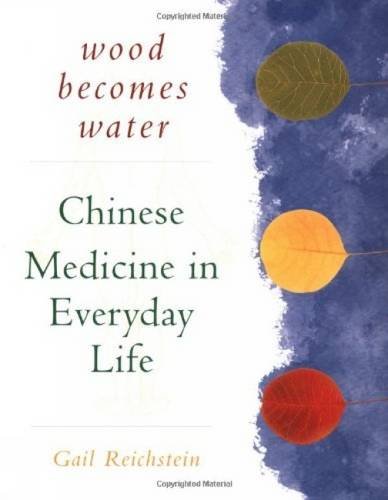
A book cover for Wood Becomes Water: Chinese Medicine in Everyday Life; Gail Reichstein; Medical Books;